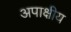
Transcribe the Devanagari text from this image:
अपाक्षीय